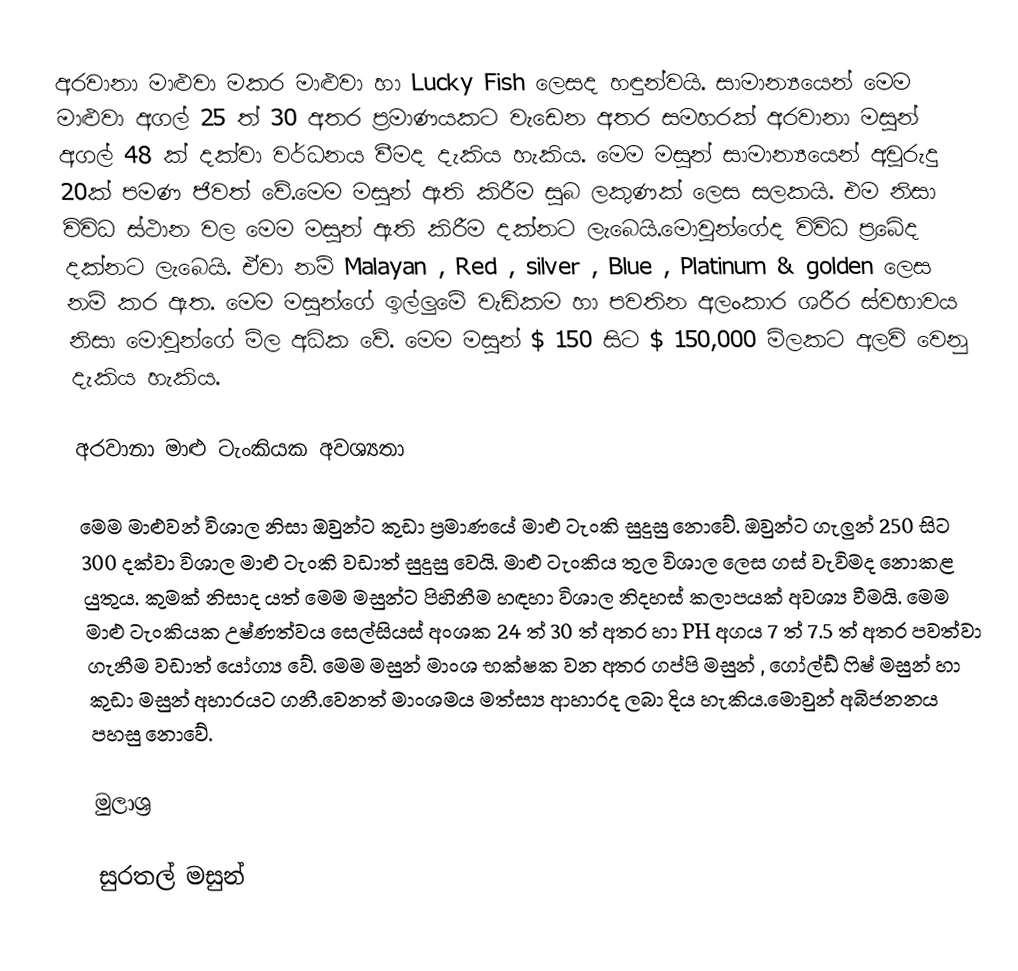
අරවානා මාළුවා මකර මාළුවා හා Lucky Fish ලෙසද හඳුන්වයි. සාමාන්‍යයෙන් මෙම මාළුවා අගල් 25 ත්  30 අතර ප්‍රමාණයකට වැඩෙන අතර සමහරක් අරවානා මසුන් අගල් 48 ක් දක්වා වර්ධනය වීමද දැකිය හැකිය. මෙම මසුන් සාමාන්‍යයෙන් අවුරුදු 20ක් පමණ ජිවත් වේ.මෙම මසුන් ඇති කිරීම සුබ ලකුණක් ලෙස සලකයි. එම නිසා විවිධ ස්ථාන වල මෙම මසුන් ඇති කිරීම දක්නට ලැබෙයි.මොවුන්ගේද විවිධ ප්‍රබේද දක්නට ලැබෙයි. ඒවා නම් Malayan , Red , silver , Blue , Platinum & golden ලෙස නම් කර ඇත. මෙම මසුන්ගේ ඉල්ලුමේ වැඩිකම හා පවතින අලංකාර ශරීර ස්වභාවය නිසා මොවුන්ගේ මිල අධික වේ. මෙම මසුන් $ 150 සිට  $ 150,000 මිලකට අලවි වෙනු දැකිය හැකිය.

අරවානා මාළු ටැංකියක අවශ්‍යතා

මෙම මාළුවන් විශාල නිසා ඔවුන්ට කුඩා ප්‍රමාණයේ මාළු ටැංකි සුදුසු නොවේ. ඔවුන්ට ගැලුන් 250 සිට 300 දක්වා විශාල මාළු ටැංකි වඩාත් සුදුසු වෙයි. මාළු ටැංකිය තුල විශාල ලෙස ගස් වැවිමද නොකළ යුතුය. කුමක් නිසාද යත් මෙම මසුන්ට පිහිනීම හඳහා විශාල නිදහස් කලාපයක් අවශ්‍ය වීමයි. මෙම මාළු ටැංකියක උෂ්ණත්වය සෙල්සියස් අංශක 24 ත් 30 ත් අතර හා PH අගය 7 ත් 7.5 ත් අතර පවත්වා ගැනීම වඩාත් යෝග්‍ය වේ. මෙම මසුන් මාංශ භක්ෂක වන අතර ගප්පි මසුන් , ගෝල්ඩ් ෆිෂ් මසුන් හා කුඩා මසුන් අහාරයට ගනී.වෙනත් මාංශමය මත්ස්‍ය ආහාරද ලබා දිය හැකිය.මොවුන් අබිජනනය පහසු නොවේ.

මුලාශ්‍ර

සුරතල් මසුන්